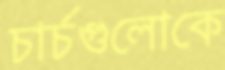
চার্চগুলোকে